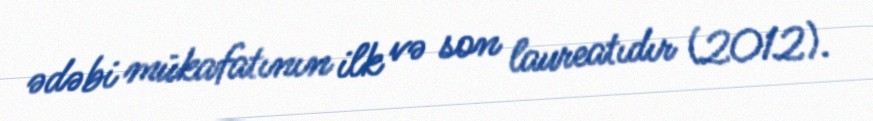
ədəbi mükafatının ilk və son laureatıdır (2012).